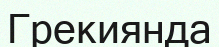
Грекиянда